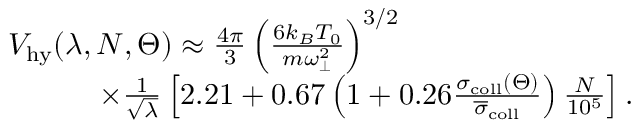
\begin{array} { r l } & { { \cal V } _ { \mathrm { h y } } ( \lambda , N , \Theta ) \approx \frac { 4 \pi } { 3 } \left( \frac { 6 k _ { B } T _ { 0 } } { m \omega _ { \perp } ^ { 2 } } \right) ^ { 3 / 2 } } \\ & { \quad \quad \quad \times \frac { 1 } { \sqrt { \lambda } } \left[ 2 . 2 1 + 0 . 6 7 \left( 1 + 0 . 2 6 \frac { \sigma _ { \mathrm { c o l l } } ( \Theta ) } { \overline { { \sigma } } _ { \mathrm { c o l l } } } \right) \frac { N } { 1 0 ^ { 5 } } \right] . } \end{array}